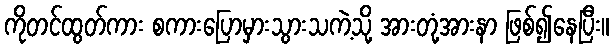
ကိုတင်ထွတ်ကား စကားပြောမှားသွားသကဲ့သို့ အားတုံ့အားနာ ဖြစ်၍နေပြီး။